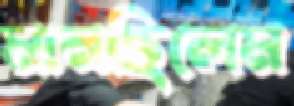
মানছিলেম